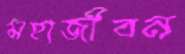
মহাজীবন